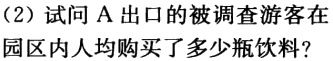
（2）试问 A 出口的被调查游客在园区内人均购买了多少瓶饮料？